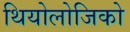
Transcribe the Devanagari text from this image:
थियोलोजिको